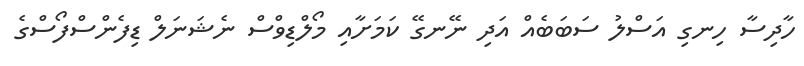
ހާދިސާ ހިނގި އަސްލު ސަބަބެއް އަދި ނޭނގޭ ކަމަށާއި މޯލްޑިވްސް ނެޝަނަލް ޑިފެންސްފޯސްގެ